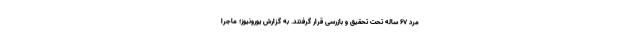
مرد ۶۷ ساله تحت تحقیق و بازرسی قرار گرفتند. به گزارش یورونیوز؛ ماجرا